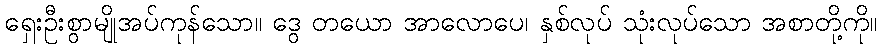
ရှေးဦးစွာမျိုအပ်ကုန်သော။ ဒွေ တယော အာလောပေ၊ နှစ်လုပ် သုံးလုပ်သော အစာတို့ကို။